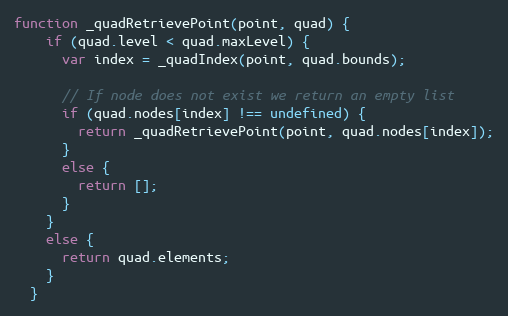
Language: JavaScript
function _quadRetrievePoint(point, quad) {
    if (quad.level < quad.maxLevel) {
      var index = _quadIndex(point, quad.bounds);

      // If node does not exist we return an empty list
      if (quad.nodes[index] !== undefined) {
        return _quadRetrievePoint(point, quad.nodes[index]);
      }
      else {
        return [];
      }
    }
    else {
      return quad.elements;
    }
  }